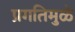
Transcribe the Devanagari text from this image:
प्रगतिमुळे